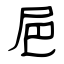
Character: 㞎